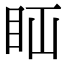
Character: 𥄝